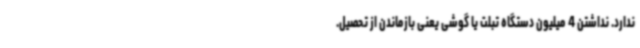
ندارد. نداشتن 4‌ میلیون دستگاه تبلت یا گوشی یعنی بازماندن از تحصیل.